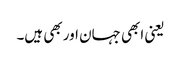
یعنی ابھی جہان اور بھی ہیں۔